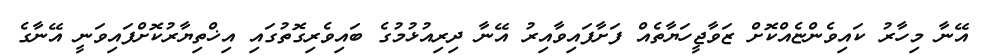
އޭނާ މިހާރު ކައިވެންޏެއްކޮށް ޒަވާޖީހަޔާތެއް ފަށާފައިވާއިރު އޭނާ ދިރިއުޅުމުގެ ބައިވެރިގޮތުގައި އިޚްތިޔާރުކޮށްފައިވަނީ އޭނާގެ